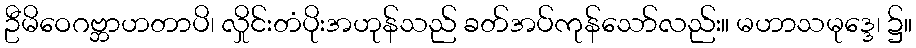
ဦမိဝေဂဗ္ဘာဟတာပိ၊ လှိုင်းတံပိုးအဟုန်သည် ခတ်အပ်ကုန်သော်လည်း။ မဟာသမုဒ္ဒေ၊ ၌။